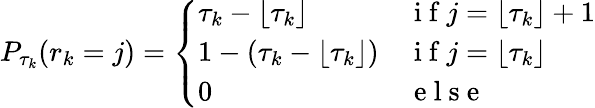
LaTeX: P_{\tau_{k}}(r_{k}=j)=\left\{ \begin{array}{ll}{\tau_{k}-\lfloor\tau_{k}\rfloor}&{\mathrm{~i~f~}j=\lfloor\tau_{k}\rfloor+1}\\ {1-(\tau_{k}-\lfloor\tau_{k}\rfloor)}&{\mathrm{~i~f~}j=\lfloor\tau_{k}\rfloor}\\ {0}&{\mathrm{~e~l~s~e~}}\end{array}\right.